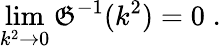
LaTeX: \operatorname*{lim}_{k^{2}\to0}\mathfrak{G}^{-1}(k^{2})=0\; .